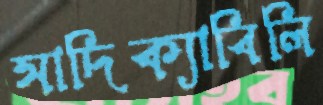
সাদিক্যাবিলি